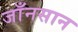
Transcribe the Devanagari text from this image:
जाँनसान